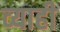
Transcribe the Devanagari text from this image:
व्‍याही